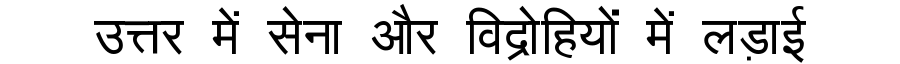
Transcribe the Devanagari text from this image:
उत्तर में सेना और विद्रोहियों में लड़ाई